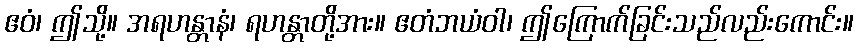
ဧဝံ၊ ဤသို့။ အရဟန္တာနံ၊ ရဟန္တာတို့အား။ ဧတံဘယံဝါ၊ ဤကြောက်ခြင်းသည်လည်းကောင်း။